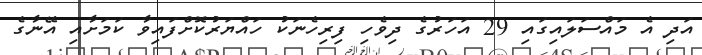
އަދި އެ މައްސަލައިގައި 29 އަހަރުގެ ދިވެހި ފިރިހެނަކު ހައްޔަރުކޮށްފައިވާ ކަމަށާއި އޭނާގެ